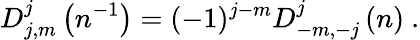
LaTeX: D_{j,m}^{j}\left(n^{-1}\right)=(-1)^{j-m}D_{-m,-j}^{j}\left(n\right)\ .